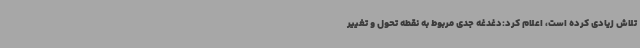
تلاش زیادی کرده است، اعلام کرد:دغدغه جدی مربوط به نقطه تحول و تغییر